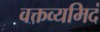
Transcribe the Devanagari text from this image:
वक्तव्यमिदं